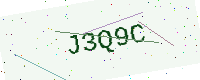
Text: J3Q9C